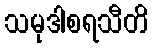
သမုဒါစရသီတိ